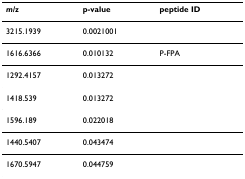
<table><thead><tr><td><b><i>m/z</i></b></td><td><b>p-value</b></td><td><b>peptide ID</b></td></tr></thead><tbody><tr><td>3215.1939</td><td>0.0021001</td><td></td></tr><tr><td>1616.6366</td><td>0.010132</td><td>P-FPA</td></tr><tr><td>1292.4157</td><td>0.013272</td><td></td></tr><tr><td>1418.539</td><td>0.013272</td><td></td></tr><tr><td>1596.189</td><td>0.022018</td><td></td></tr><tr><td>1440.5407</td><td>0.043474</td><td></td></tr><tr><td>1670.5947</td><td>0.044759</td><td></td></tr></tbody></table>